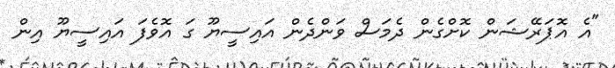
"އެ އޮޮޕަރޭޝަން ކޮށްގެން ދެމަސް ވަންދެން އައިސީޔޫ ގަ އޮވެފަ އައިސީޔޫ އިން